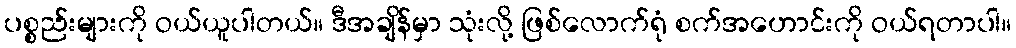
ပစ္စည်းများကို ဝယ်ယူပါတယ်။ ဒီအချိန်မှာ သုံးလို့ ဖြစ်လောက်ရုံ စက်အဟောင်းကို ဝယ်ရတာပါ။